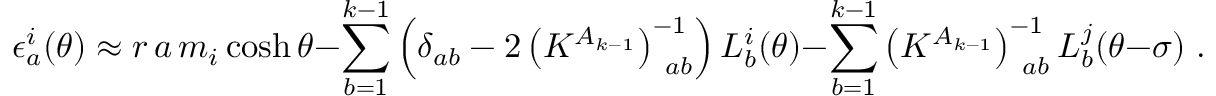
\epsilon _ { a } ^ { i } ( \theta ) \approx r \, a \, m _ { i } \cosh \theta - \sum _ { b = 1 } ^ { k - 1 } \left( \delta _ { a b } - 2 \left( K ^ { A _ { k - 1 } } \right) _ { \, \, \, a b } ^ { - 1 } \right) L _ { b } ^ { i } ( \theta ) - \sum _ { b = 1 } ^ { k - 1 } \left( K ^ { A _ { k - 1 } } \right) _ { \, \, \, a b } ^ { - 1 } L _ { b } ^ { j } ( \theta - \sigma ) \; .